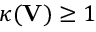
\kappa ( \mathbf { V } ) \geq 1